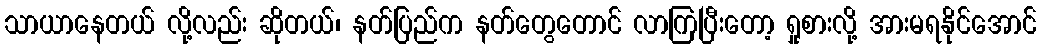
သာယာနေတယ် လို့လည်း ဆိုတယ်၊ နတ်ပြည်က နတ်တွေတောင် လာကြပြီးတော့ ရှုစားလို့ အားမရနိုင်အောင်